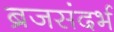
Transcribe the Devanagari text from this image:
ब्रजसंदर्भ